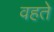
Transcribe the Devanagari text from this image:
वहते